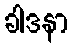
ခါဒနာ